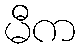
မီက